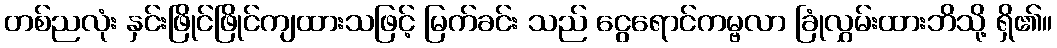
တစ်ညလုံး နှင်းဖြိုင်ဖြိုင်ကျထားသဖြင့် မြက်ခင်း သည် ငွေရောင်ကမ္ဗလာ ခြုံလွှမ်းထားဘိသို့ ရှိ၏။